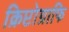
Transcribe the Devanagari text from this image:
क्रिप्टोग्राफि